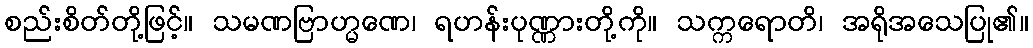
စည်းစိတ်တို့ဖြင့်။ သမဏဗြာဟ္မဏေ၊ ရဟန်းပုဏ္ဏားတို့ကို။ သက္ကရောတိ၊ အရိုအသေပြု၏။